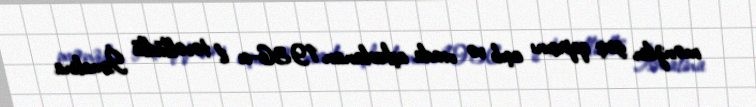
mənzilin giriş qapısını açıb və orada aşkarlanan 1936-cı il təvəllüdlü İsmalina